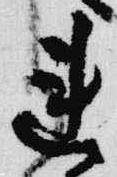
連